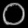
Digit: ၀